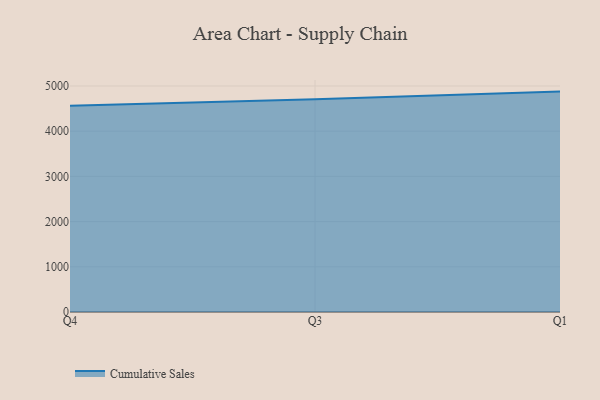
{"axis": {"x": "Quarter", "y": "Revenue (USD Million)"}, "legend": ["Cumulative Sales"], "data": [{"x": "Q4", "y": 4560.4, "type": "Cumulative Sales"}, {"x": "Q3", "y": 4705.3, "type": "Cumulative Sales"}, {"x": "Q1", "y": 4875.6, "type": "Cumulative Sales"}]}